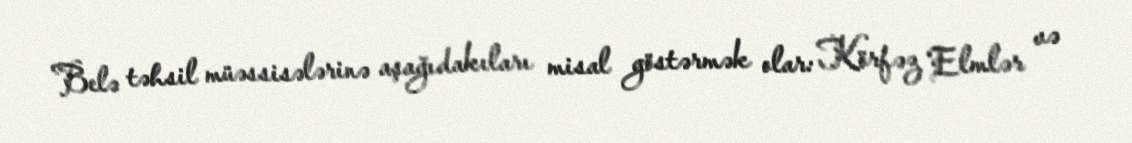
Belə təhsil müəssisələrinə aşağıdakıları misal göstərmək olar: Körfəz Elmlər və